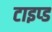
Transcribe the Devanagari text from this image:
टाइप्ड